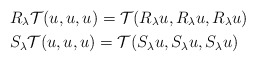
\begin{align*}& R_\lambda \mathcal{T}(u,u,u)= \mathcal{T} (R_\lambda u, R_\lambda u,R_\lambda u) \\& S_\lambda \mathcal{T}(u,u,u)= \mathcal{T} (S_\lambda u, S_\lambda u,S_\lambda u)\end{align*}